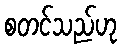
စတင်သည်ဟု